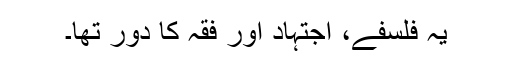
یہ فلسفے، اجتہاد اور فقہ کا دور تھا۔